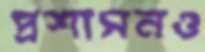
প্রশাসনও